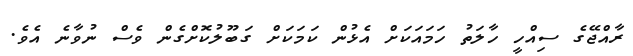
ރާއްޖޭގެ ސިއްހީ ހާލަތު ހަމައަކަށް އެޅުން ކަމަކަށް ގަބޫލުކޮށްގެން ވެސް ނުވާނެ އެވެ.